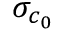
\sigma _ { c _ { 0 } }